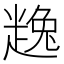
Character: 𧼧